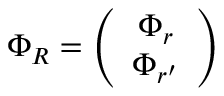
\begin{array} { r } { \Phi _ { R } = \left( \begin{array} { c } { \Phi _ { r } } \\ { \Phi _ { r ^ { \prime } } } \end{array} \right) } \end{array}